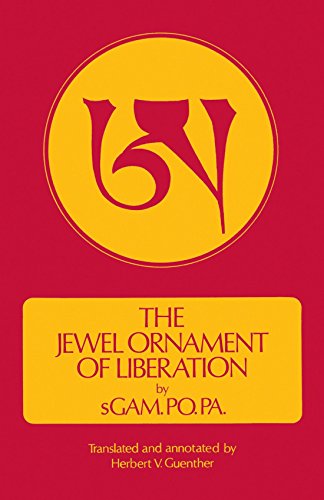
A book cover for The Jewel Ornament of Liberation (Clear Light Series); sGam.po.pa; Religion & Spirituality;